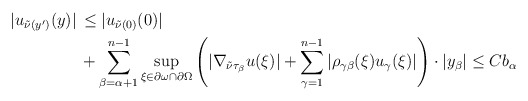
\begin{align*}\begin{aligned}|u_{\tilde{\nu} (y')} (y)| \,& \leq |u_{\tilde{\nu} (0)}(0)| \\ & + \sum_{\beta = \alpha+1}^{n-1} \sup_{\xi \in \partial \omega \cap \partial \Omega} \left(|\nabla_{\tilde{\nu}\tau_\beta} u (\xi)| + \sum_{\gamma=1}^{n-1}|\rho_{\gamma\beta} (\xi) u_\gamma (\xi)|\right) \cdot |y_\beta| \leq C b_\alpha\end{aligned}\end{align*}